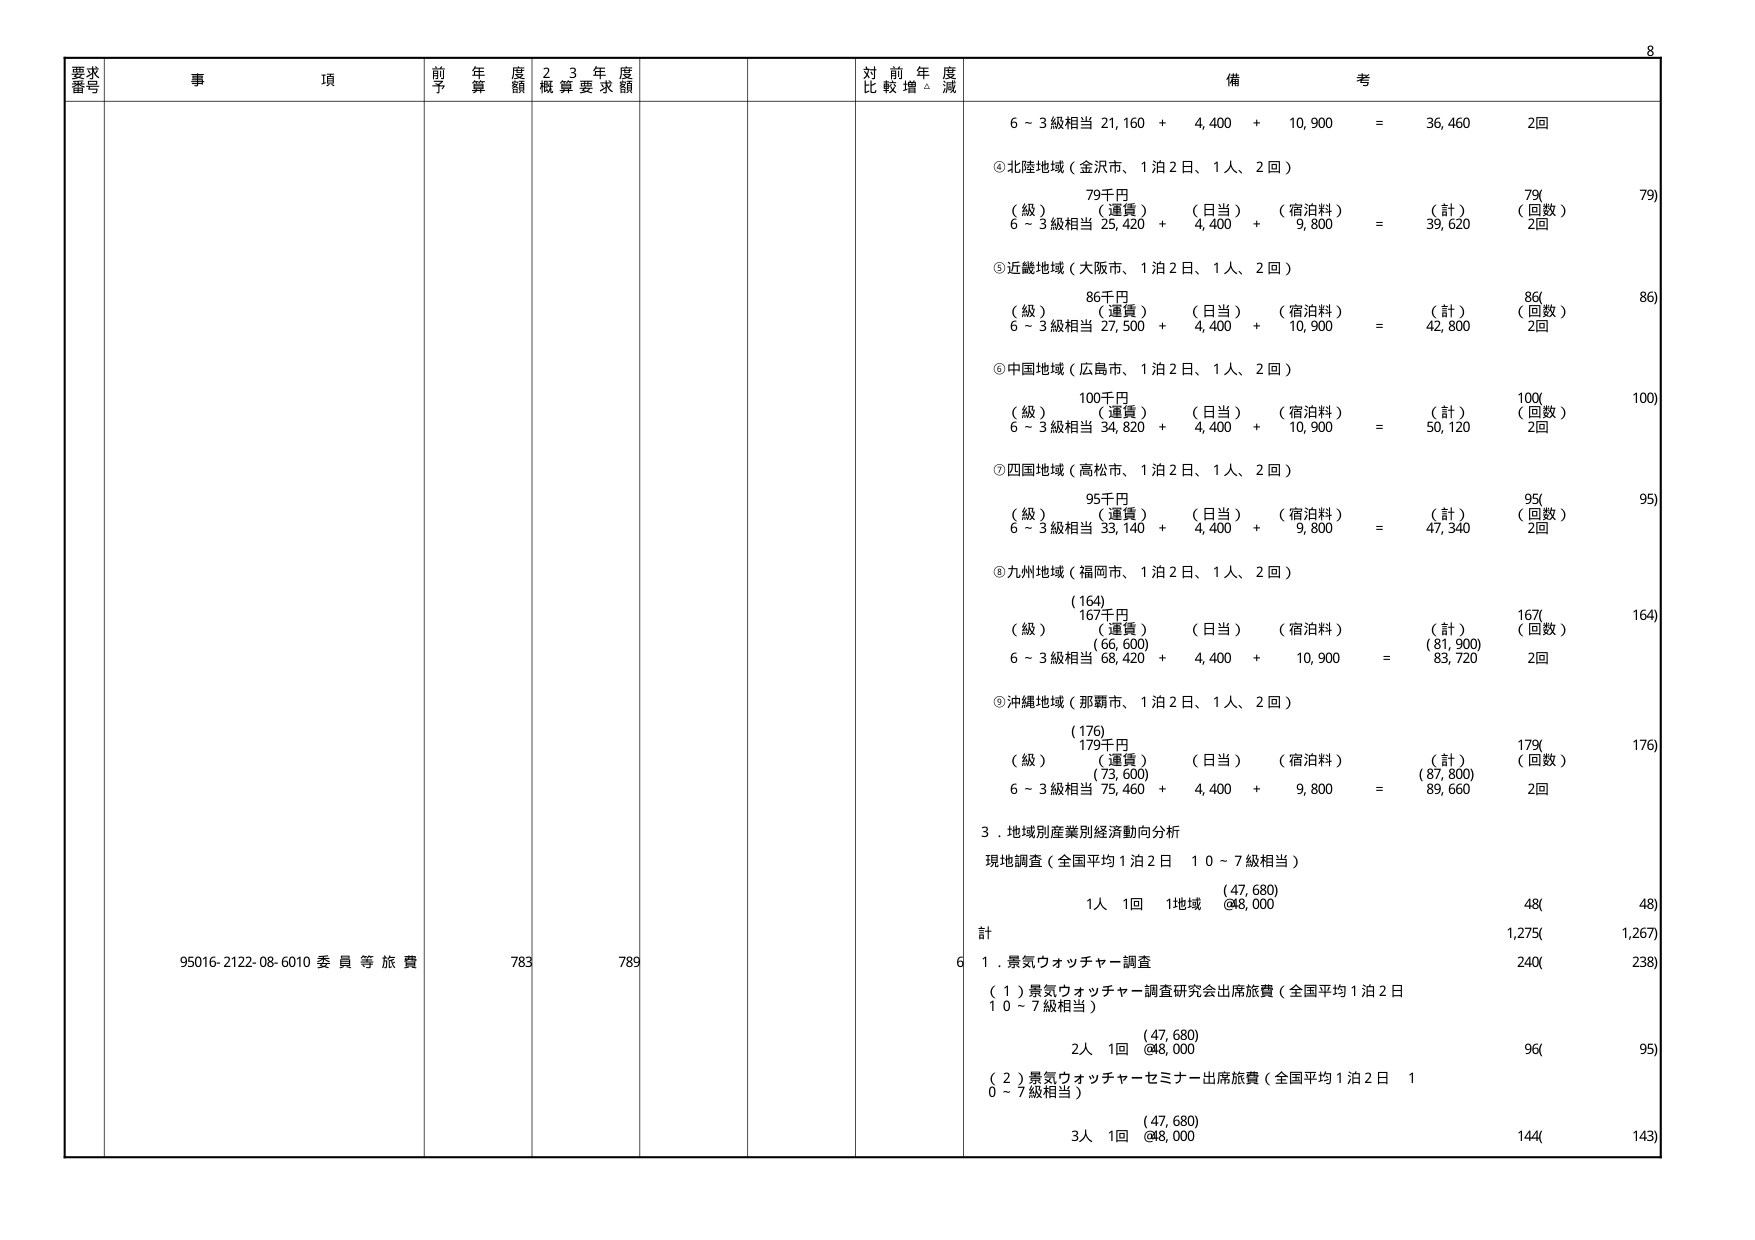
8
要求
番号
事 項
前 年 度
予 算 額
2 3 年 度
概 算 要 求 額
対 前 年 度
比 較 増 △ 減
備 考
6 ~ 3級相当 21,160 + 4,400 + 10,900 = 36,460 2回
④北陸地域（金沢市、1泊2日、1人、2回）
79千円
79(
79)
（級） （運賃） （日当） （宿泊料） （計） （回数）
6 ~ 3級相当 25,420 + 4,400 + 9,800 = 39,620 2回
⑤近畿地域（大阪市、1泊2日、1人、2回）
86千円
86(
86)
（級） （運賃） （日当） （宿泊料） （計） （回数）
6 ~ 3級相当 27,500 + 4,400 + 10,900 = 42,800 2回
⑥中国地域（広島市、1泊2日、1人、2回）
100千円
100(
100)
（級） （運賃） （日当） （宿泊料） （計） （回数）
6 ~ 3級相当 34,820 + 4,400 + 10,900 = 50,120 2回
⑦四国地域（高松市、1泊2日、1人、2回）
95千円
95(
95)
（級） （運賃） （日当） （宿泊料） （計） （回数）
6 ~ 3級相当 33,140 + 4,400 + 9,800 = 47,340 2回
⑧九州地域（福岡市、1泊2日、1人、2回）
(164)
167千円
167(
164)
（級） （運賃） （日当） （宿泊料） （計） （回数）
(66,600)
(81,900)
6 ~ 3級相当 68,420 + 4,400 + 10,900 = 83,720 2回
⑨沖縄地域（那覇市、1泊2日、1人、2回）
(176)
179千円
179(
176)
（級） （運賃） （日当） （宿泊料） （計） （回数）
(73,600)
(87,800)
6 ~ 3級相当 75,460 + 4,400 + 9,800 = 89,660 2回
3．地域別産業別経済動向分析
現地調査（全国平均1泊2日 10~7級相当）
(47,680)
1人 1回 1地域 @48,000 48(
48)
計 1,275(
1,267)
95016-2122-08-6010 委員等旅費 783 789
6 1．景気ウォッチャー調査 240(
238)
（1）景気ウォッチャー調査研究会出席旅費（全国平均1泊2日
10~7級相当）
(47,680)
2人 1回 @48,000 96(
95)
（2）景気ウォッチャーセミナー出席旅費（全国平均1泊2日 1
0~7級相当）
(47,680)
3人 1回 @48,000 144(
143)